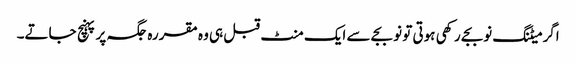
اگر میٹنگ نوبجے رکھی ہوتی تو نو بجے سے ایک منٹ قبل ہی وہ مقررہ جگہ پر پہنچ جاتے۔